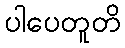
ပါပေတူတိ